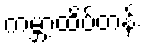
ကမ္ဘာ့ထိပ်တန်း